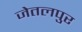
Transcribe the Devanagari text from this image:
जेतलपुर